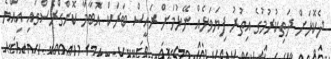
ދެކޮޅަށް ދަތިކުރުމުގެ އިތުރު ފިޔަވަޅެއް ނޭޅުމަށް ރައީސް ބަރަކް އޮބާމާ ކޮންގްރެސްގައި އިއްޔެ